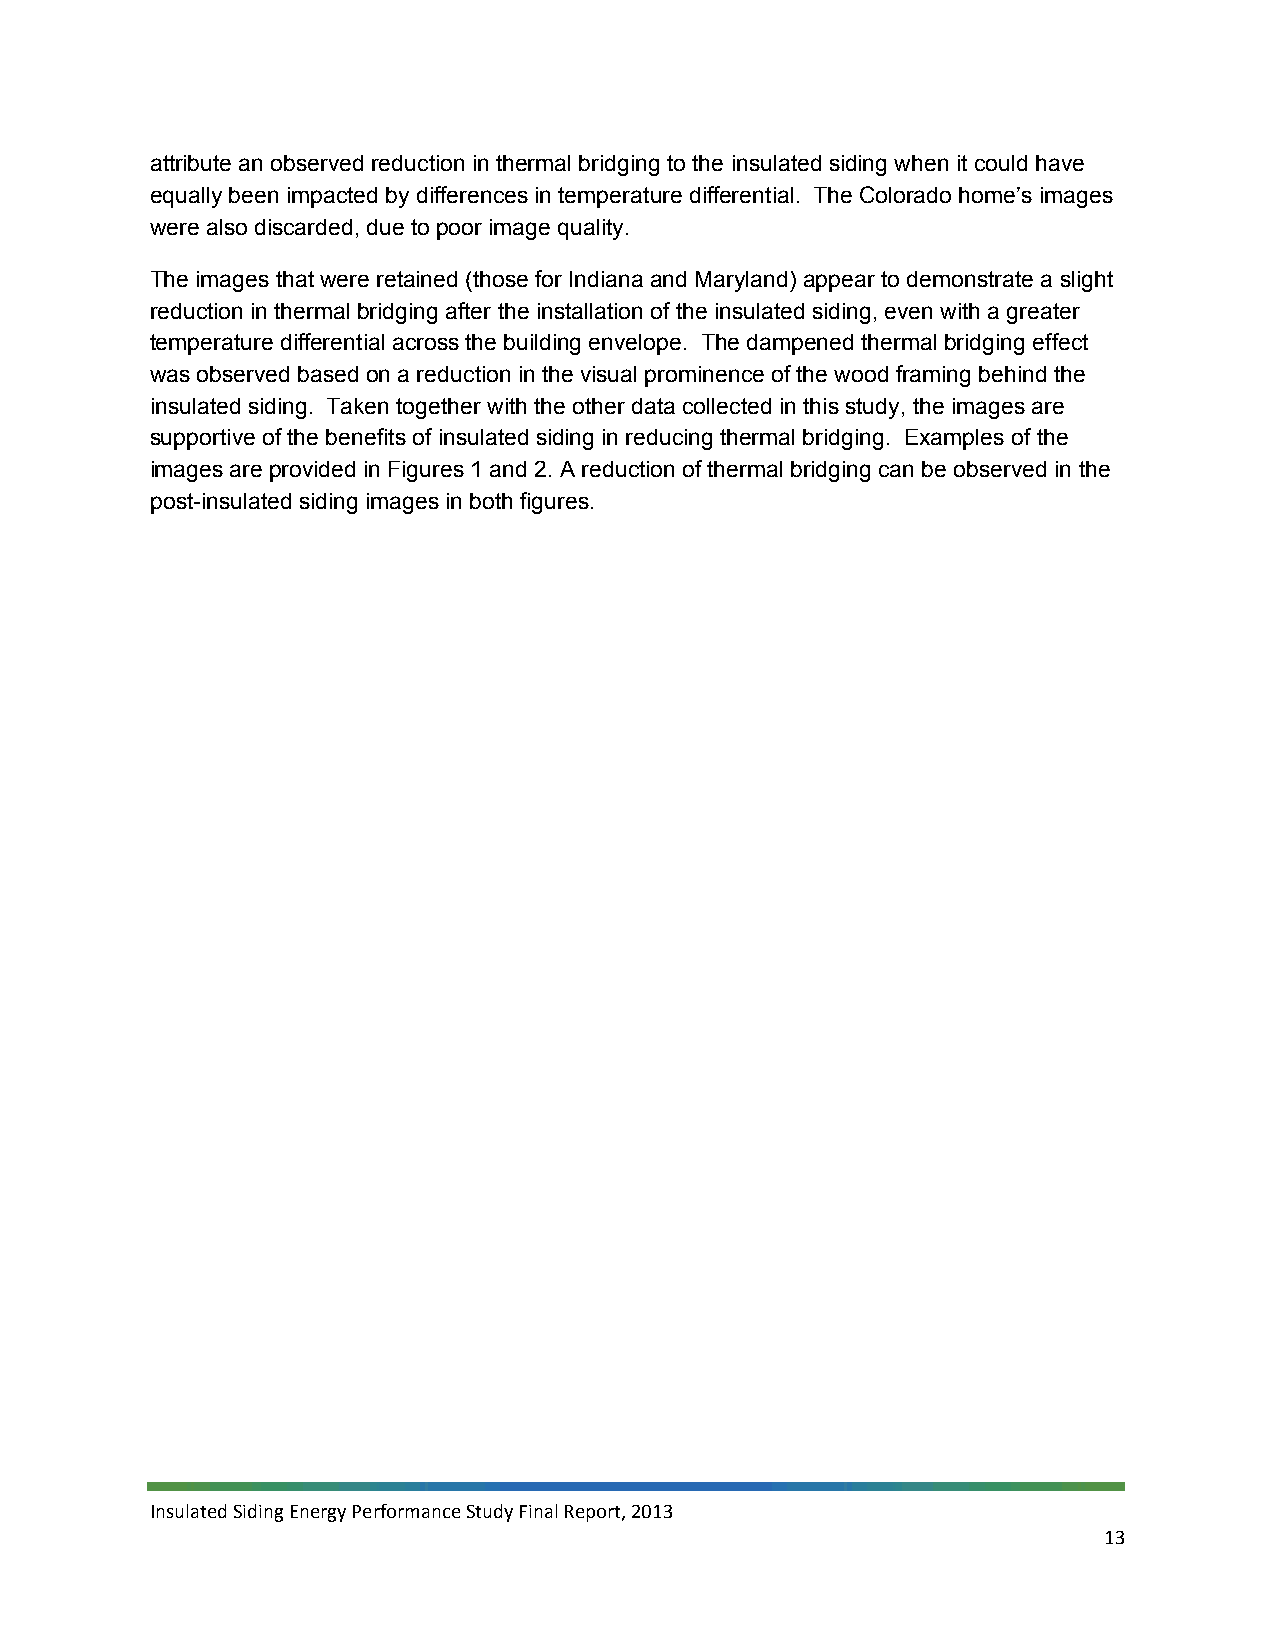
attribute an observed reduction in thermal bridging to the insulated siding when it could have
 equally been impacted by differences in temperature differential. The Colorado home’s images
 were also discarded, due to poor image quality.
 The images that were retained (those for Indiana and Maryland) appear to demonstrate a slight
 reduction in thermal bridging after the installation of the insulated siding, even with a greater
 temperature differential across the building envelope. The dampened thermal bridging effect
 was observed based on a reduction in the visual prominence of the wood framing behind the
 insulated siding. Taken together with the other data collected in this study, the images are
 supportive of the benefits of insulated siding in reducing thermal bridging. Examples of the
 images are provided in Figures 1 and 2. A reduction of thermal bridging can be observed in the
 post-insulated siding images in both figures.
 Insulated Siding Energy Performance Study Final Report, 2013
 13